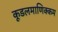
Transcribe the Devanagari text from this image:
कूडलमाणिक्कम